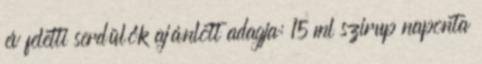
év feletti serdülők ajánlott adagja: 15 ml szirup naponta